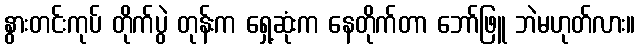
နွားတင်းကုပ် တိုက်ပွဲ တုန်းက ရှေ့ဆုံးက နေတိုက်တာ ဘော်ဖြူ ဘဲမဟုတ်လား။